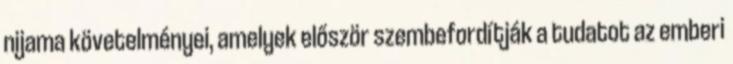
nijama követelményei, amelyek először szembefordítják a tudatot az emberi